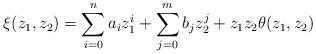
LaTeX: \begin{align*} \xi(z_1,z_2)=\sum_{i=0}^{n}a_iz_1^i+\sum_{j=0}^{m}b_jz_2^{j}+z_1z_2\theta(z_1,z_2) \end{align*}